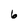
Character: 6